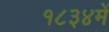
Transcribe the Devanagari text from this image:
१८३४में